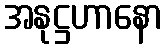
အနုဋ္ဌဟာနော